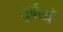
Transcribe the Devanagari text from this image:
तुर्वसों